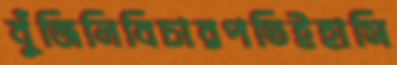
বুঁজিলিবিচারপতিইহাসি